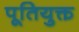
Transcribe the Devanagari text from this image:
पूतियुक्त